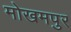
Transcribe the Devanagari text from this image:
मोखमपुर